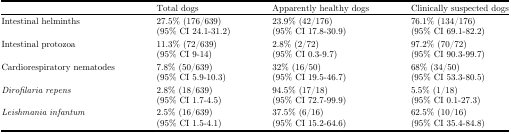
|  | Total dogs | Apparently healthy dogs | Clinically suspected dogs |
 | --- | --- | --- | --- |
 | Intestinal helminths | 27.5% (176/639)(95% CI 24.1-31.2) | 23.9% (42/176)(95% CI 17.8-30.9) | 76.1% (134/176)(95% CI 69.1-82.2) |
 | Intestinal protozoa | 11.3% (72/639)(95% CI 9-14) | 2.8% (2/72)(95% CI 0.3-9.7) | 97.2% (70/72)(95% CI 90.3-99.7) |
 | Cardiorespiratory nematodes | 7.8% (50/639)(95% CI 5.9-10.3) | 32% (16/50)(95% CI 19.5-46.7) | 68% (34/50)(95% CI 53.3-80.5) |
 | Dirofilaria repens | 2.8% (18/639)(95% CI 1.7-4.5) | 94.5% (17/18)(95% CI 72.7-99.9) | 5.5% (1/18)(95% CI 0.1-27.3) |
 | Leishmania infantum | 2.5% (16/639)(95% CI 1.5-4.1) | 37.5% (6/16)(95% CI 15.2-64.6) | 62.5% (10/16)(95% CI 35.4-84.8) |